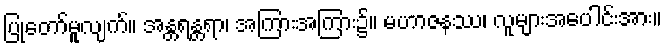
ပြုတော်မူလျက်။ အန္တရန္တရာ၊ အကြားအကြား၌။ မဟာဇနဿ၊ လူများအပေါင်းအား။